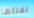
نقتلها